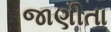
જાણીતા